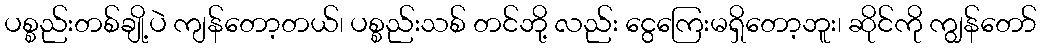
ပစ္စည်းတစ်ချို့ပဲ ကျန်တော့တယ်၊ ပစ္စည်းသစ် တင်ဘို့ လည်း ငွေကြေးမရှိတော့ဘူး၊ ဆိုင်ကို ကျွန်တော်